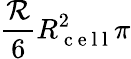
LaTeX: \frac{\mathcal{R}}{6}R_{\mathrm{~c~e~l~l~}}^{2}\pi